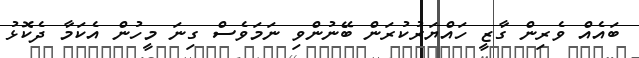
ބައެއް ވެރިން ގާޒީ ހައްޔަރުކުރަން ބޭނުންވި ނަމަވެސް ގިނަ މީހުން އެކަމާ ދެކޮޅު